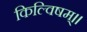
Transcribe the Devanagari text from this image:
किल्विषम्।।